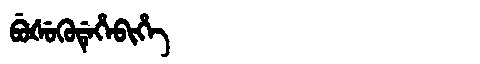
Manchu: ᠪᡠᡧᡠᡴᡠᡩᡝᡥᡝᠪᡳᡥᡝ
Romanization: BUŠUKUDEHEBIHE